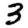
Digit: 3